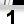
Digit: 1